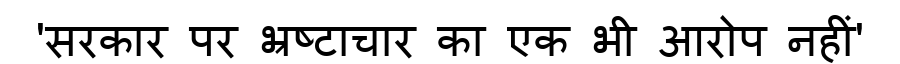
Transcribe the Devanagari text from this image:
'सरकार पर भ्रष्टाचार का एक भी आरोप नहीं'